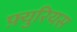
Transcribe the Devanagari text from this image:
फ़्युरियस